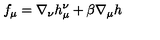
f _ { \mu } = \nabla _ { \nu } h _ { \mu } ^ { \nu } + \beta \nabla _ { \mu } h